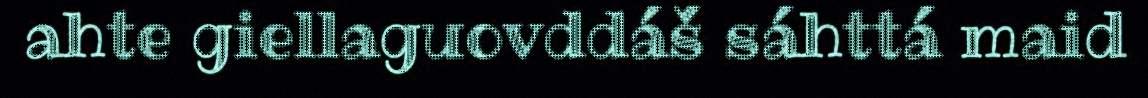
ahte giellaguovddáš sáhttá maid